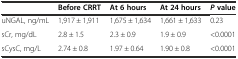
|  | Before CRRT | At 6 hours | At 24 hours | Pvalue |
 | --- | --- | --- | --- | --- |
 | uNGAL, ng/mL | 1,917 ± 1,911 | 1,675 ± 1,634 | 1,661 ± 1,633 | 0.23 |
 | sCr, mg/dL | 2.8 ± 1.5 | 2.3 ± 0.9 | 1.9 ± 0.9 | <0.0001 |
 | sCysC, mg/L | 2.74 ± 0.8 | 1.97 ± 0.64 | 1.90 ± 0.8 | <0.0001 |